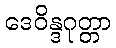
ဒေဝိန္ဒဂုတ္တာ